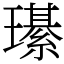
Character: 𤪌